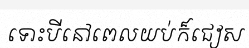
ទោះបីនៅពេលយប់ក៏ជៀស